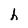
Character: h